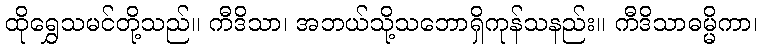
ထိုရွှေသမင်တို့သည်။ ကီဒိသာ၊ အဘယ်သို့သဘောရှိကုန်သနည်း။ ကီဒိသာဓမ္မိကာ၊